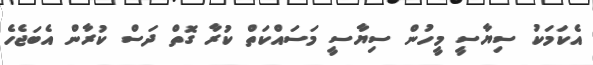
އެކަމަކު ސިޔާސީ މީހުން ސިޔާސީ މަސައްކަތް ކުރާ ގޮތް ދަސް ކުރާން އެބަޖެހެ